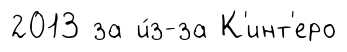
2013 за и́з-за К'инт'еро